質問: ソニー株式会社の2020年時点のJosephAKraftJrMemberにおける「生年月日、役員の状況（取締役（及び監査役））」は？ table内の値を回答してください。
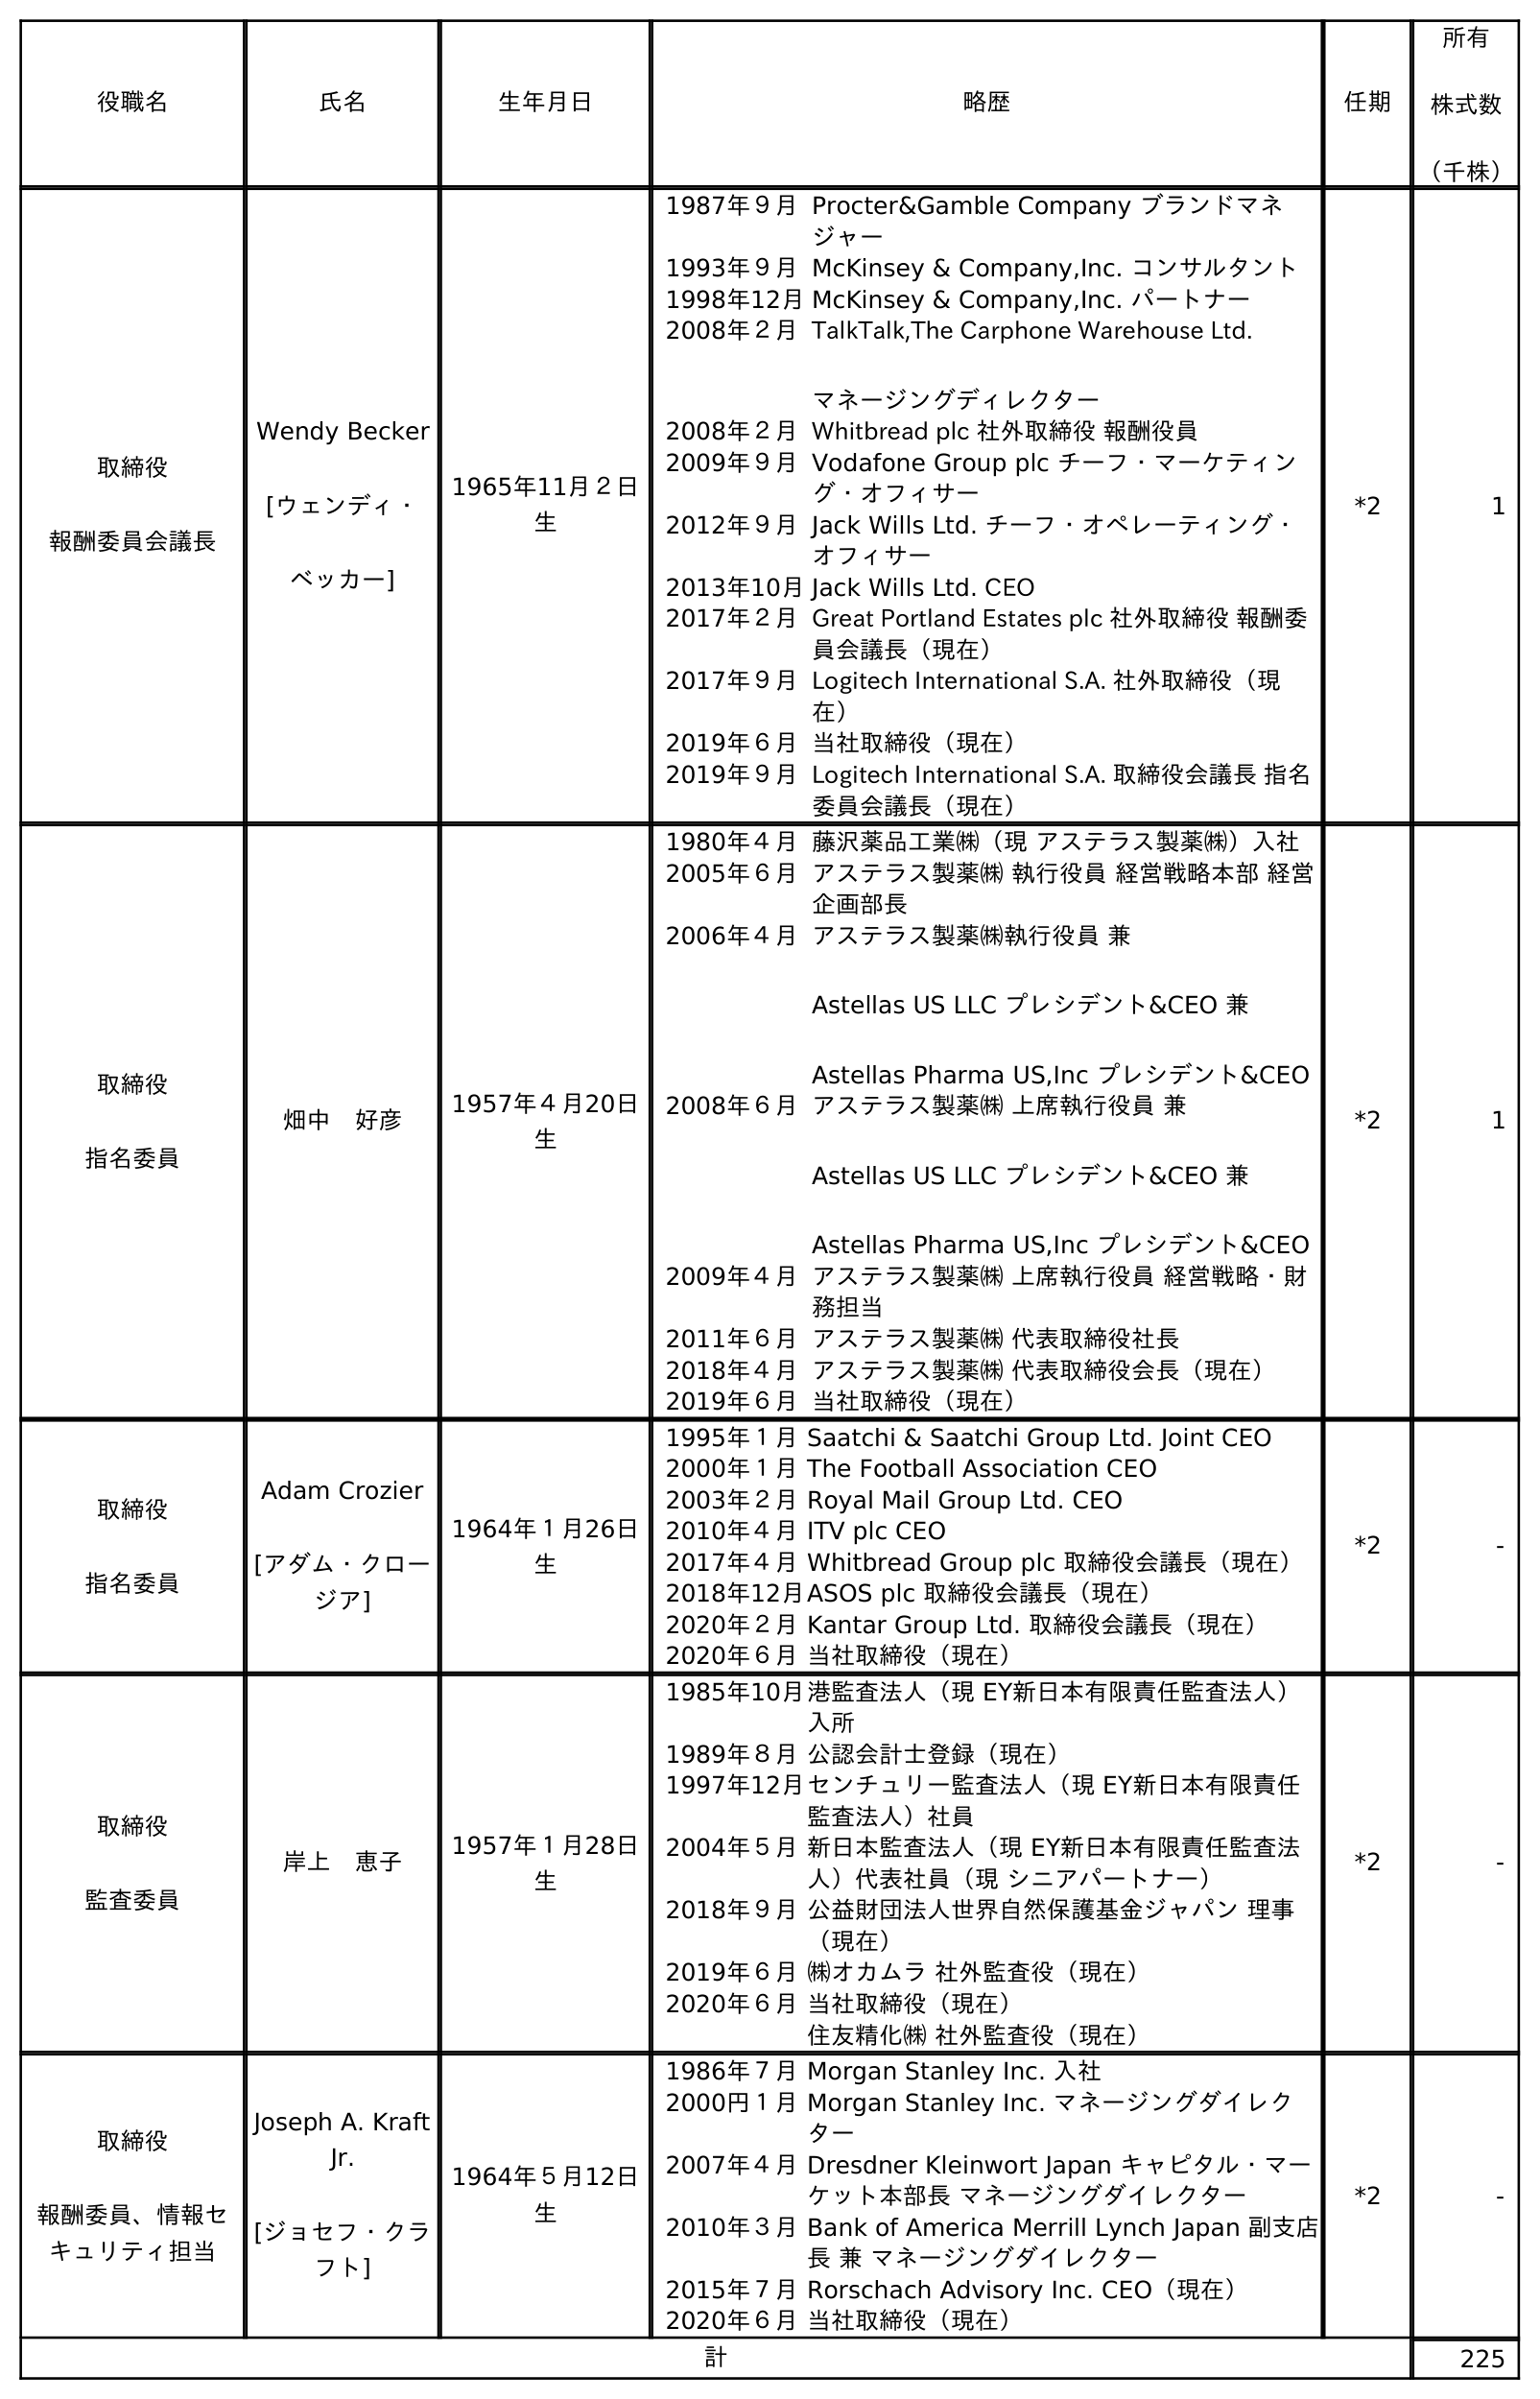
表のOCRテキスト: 役職名 氏名 生年月日 略歴 任期 所有 株式数 （千株） 取締役 報酬委員会議長 Wendy Becker [ウェンディ・ ベッカー] 1965年11月２日 生 1987年９月Procter&Gamble Company ブランドマネ ジャー 1993年９月McKinsey & Company,Inc. コンサルタント 1998年12月McKinsey & Company,Inc. パートナー 2008年２月TalkTalk,The Carphone Warehouse Ltd. マネージングディレクター 2008年２月Whitbread plc 社外取締役 報酬役員 2009年９月Vodafone Group plc チーフ・マーケティン グ・オフィサー 2012年９月Jack Wills Ltd. チーフ・オペレーティング・ オフィサー 2013年10月Jack Wills Ltd. CEO 2017年２月Great Portland Estates plc 社外取締役 報酬委 員会議長（現在） 2017年９月Logitech International S.A. 社外取締役（現 在） 2019年６月当社取締役（現在） 2019年９月Logitech International S.A. 取締役会議長 指名 委員会議長（現在） *2 1 取締役 指名委員 畑中 好彦 1957年４月20日 生 1980年４月藤沢薬品工業㈱（現 アステラス製薬㈱）入社 2005年６月アステラス製薬㈱ 執行役員 経営戦略本部 経営 企画部長 2006年４月アステラス製薬㈱執行役員 兼 Astellas US LLC プレシデント&CEO 兼 Astellas Pharma US,Inc プレシデント&CEO 2008年６月アステラス製薬㈱ 上席執行役員 兼 Astellas US LLC プレシデント&CEO 兼 Astellas Pharma US,Inc プレシデント&CEO 2009年４月アステラス製薬㈱ 上席執行役員 経営戦略・財 務担当 2011年６月アステラス製薬㈱ 代表取締役社長 2018年４月アステラス製薬㈱ 代表取締役会長（現在） 2019年６月当社取締役（現在） *2 1 取締役 指名委員 Adam Crozier [アダム・クロー ジア] 1964年１月26日 生 1995年１月Saatchi & Saatchi Group Ltd. Joint CEO 2000年１月The Football Association CEO 2003年２月Royal Mail Group Ltd. CEO 2010年４月ITV plc CEO 2017年４月Whitbread Group plc 取締役会議長（現在） 2018年12月ASOS plc 取締役会議長（現在） 2020年２月Kantar Group Ltd. 取締役会議長（現在） 2020年６月当社取締役（現在） *2 - 取締役 監査委員 岸上 恵子 1957年１月28日 生 1985年10月港監査法人（現 EY新日本有限責任監査法人） 入所 1989年８月公認会計士登録（現在） 1997年12月センチュリー監査法人（現 EY新日本有限責任 監査法人）社員 2004年５月新日本監査法人（現 EY新日本有限責任監査法 人）代表社員（現 シニアパートナー） 2018年９月公益財団法人世界自然保護基金ジャパン 理事 （現在） 2019年６月㈱オカムラ 社外監査役（現在） 2020年６月当社取締役（現在） 住友精化㈱ 社外監査役（現在） *2 - 取締役 報酬委員、情報セ キュリティ担当 Joseph A. Kraft Jr. [ジョセフ・クラ フト] 1964年５月12日 生 1986年７月Morgan Stanley Inc. 入社 2000円１月Morgan Stanley Inc. マネージングダイレク ター 2007年４月Dresdner Kleinwort Japan キャピタル・マー ケット本部長 マネージングダイレクター 2010年３月Bank of America Merrill Lynch Japan 副支店 長 兼 マネージングダイレクター 2015年７月Rorschach Advisory Inc. CEO（現在） 2020年６月当社取締役（現在） *2 - 計 225
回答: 1964年５月12日生